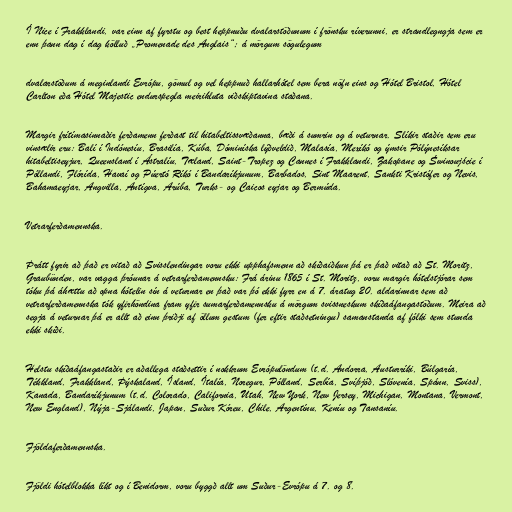
Í Nice í Frakklandi, var einn af fyrstu og best heppnuðu dvalarstöðunum í frönsku ríverunni, er strandlegngja sem er
enn þann dag í dag kölluð „Promenade des Anglais“; á mörgum sögulegum

dvalarstöðum á meginlandi Evrópu, gömul og vel heppnuð hallarhótel sem bera nöfn eins og Hótel Bristol, Hótel
Carlton eða Hótel Majestic endurspegla meirihluta viðskiptavina staðana.

Margir frítímasinnaðir ferðamenn ferðast til hitabeltissvæðanna, bæði á sumrin og á veturnar. Slíkir staðir sem eru
vinsælir eru: Balí í Indónesíu, Brasilía, Kúba, Dóminíska lýðveldið, Malasía, Mexíkó og ýmsir Pólýnesíksar
hitabeltiseyjur, Queensland í Ástralíu, Tæland, Saint-Tropez og Cannes í Frakklandi, Zakopane og Świnoujście í
Póllandi, Flórída, Havaí og Púertó Ríkó í Bandaríkjunum, Barbados, Sint Maarent, Sankti Kristófer og Nevis,
Bahamaeyjar, Angvilla, Antígva, Arúba, Turks- og Caicos eyjar og Bermúda.

Vetrarferðamennska.

Þrátt fyrir að það er vitað að Svisslendingar voru ekki upphafsmenn að skíðaiðkun þá er það vitað að St. Moritz,
Graubünden, var vagga þróunar á vetrarferðamennsku: Frá árinu 1865 í St. Moritz, voru margir hótelstjórar sem
tóku þá áhættu að opna hótelin sín á veturnar en það var þó ekki fyrr en á 7. áratug 20. aldarinnar sem að
vetrarferðamennska tók yfirhöndina fram yfir sumarferðamennsku á mörgum svissneskum skíðaáfangastöðum. Meira að
segja á veturnar þá er allt að einn þriðji af öllum gestum (fer eftir staðsetningu) samanstanda af fólki sem stunda
ekki skíði.

Helstu skíðaáfangastaðir er aðallega staðsettir í nokkrum Evrópulöndum (t.d. Andorra, Austurríki, Búlgaría,
Tékkland, Frakkland, Þýskaland, Ísland, Ítalía, Noregur, Pólland, Serbía, Svíþjóð, Slóvenía, Spánn, Sviss),
Kanada, Bandaríkjunum (t.d. Colorado, California, Utah, New York, New Jersey, Michigan, Montana, Vermont,
New England), Nýja-Sjálandi, Japan, Suður Kóreu, Chile, Argentínu, Keníu og Tansaníu.

Fjöldaferðamennska.

Fjöldi hótelblokka líkt og í Benidorm, voru byggð allt um Suður-Evrópu á 7. og 8.